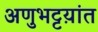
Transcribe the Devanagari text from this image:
अणुभट्टय़ांत